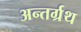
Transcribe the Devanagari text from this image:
अन्तर्ग्रथ